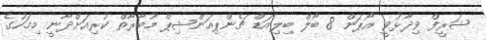
ޝަރީފް ވިދާޅުވީ އޯޕަން 8 ބޯލް ބިލިއަޑް ޗެންޕިއަންޝިޕް މުބާރާތް ކުރިއަށްދާނީ މިމަހުގެ